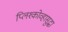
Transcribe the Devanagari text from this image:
प्लिश्कोव्हासुद्धा